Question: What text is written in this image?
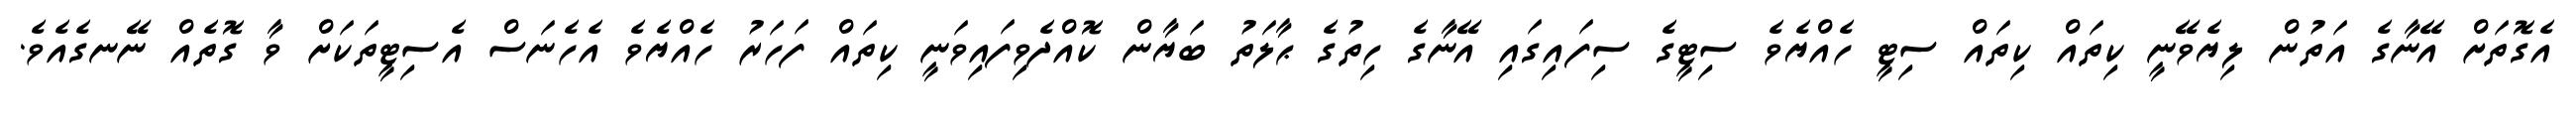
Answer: އެގޮތަށް އޭނާގެ އަތުން ލިޔެވޭނީ ކިތައް ކިތައް ސިޓީ ހެއްޔެވެ ސިޓީގެ ސިފައިގައި އޭނާގެ ހިތުގެ ޙާލަތު ބަޔާން ކޮއްދެވިފައިވަނީ ކިތައް ފަހަރު ހެއްޔެވެ އެހެނަސް އެސިޓީތަކަށް ވާ ގޮތެއް ނޭނގެއެވެ.